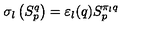
\sigma _ { l } \left( S _ { p } ^ { q } \right) = \varepsilon _ { l } ( q ) S _ { p } ^ { \pi _ { l } q }